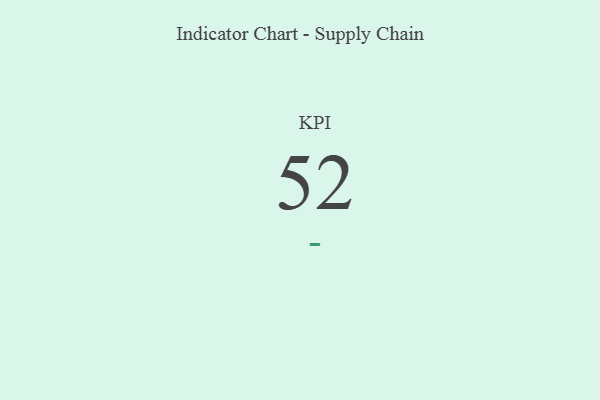
{"axis": {"x": "KPI", "y": "Value"}, "legend": [""], "data": [{"x": "KPI", "y": 52, "type": ""}]}